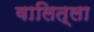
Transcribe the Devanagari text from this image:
वालित्ला